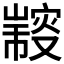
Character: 𠮍